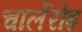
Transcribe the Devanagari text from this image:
चार्लेरोइ